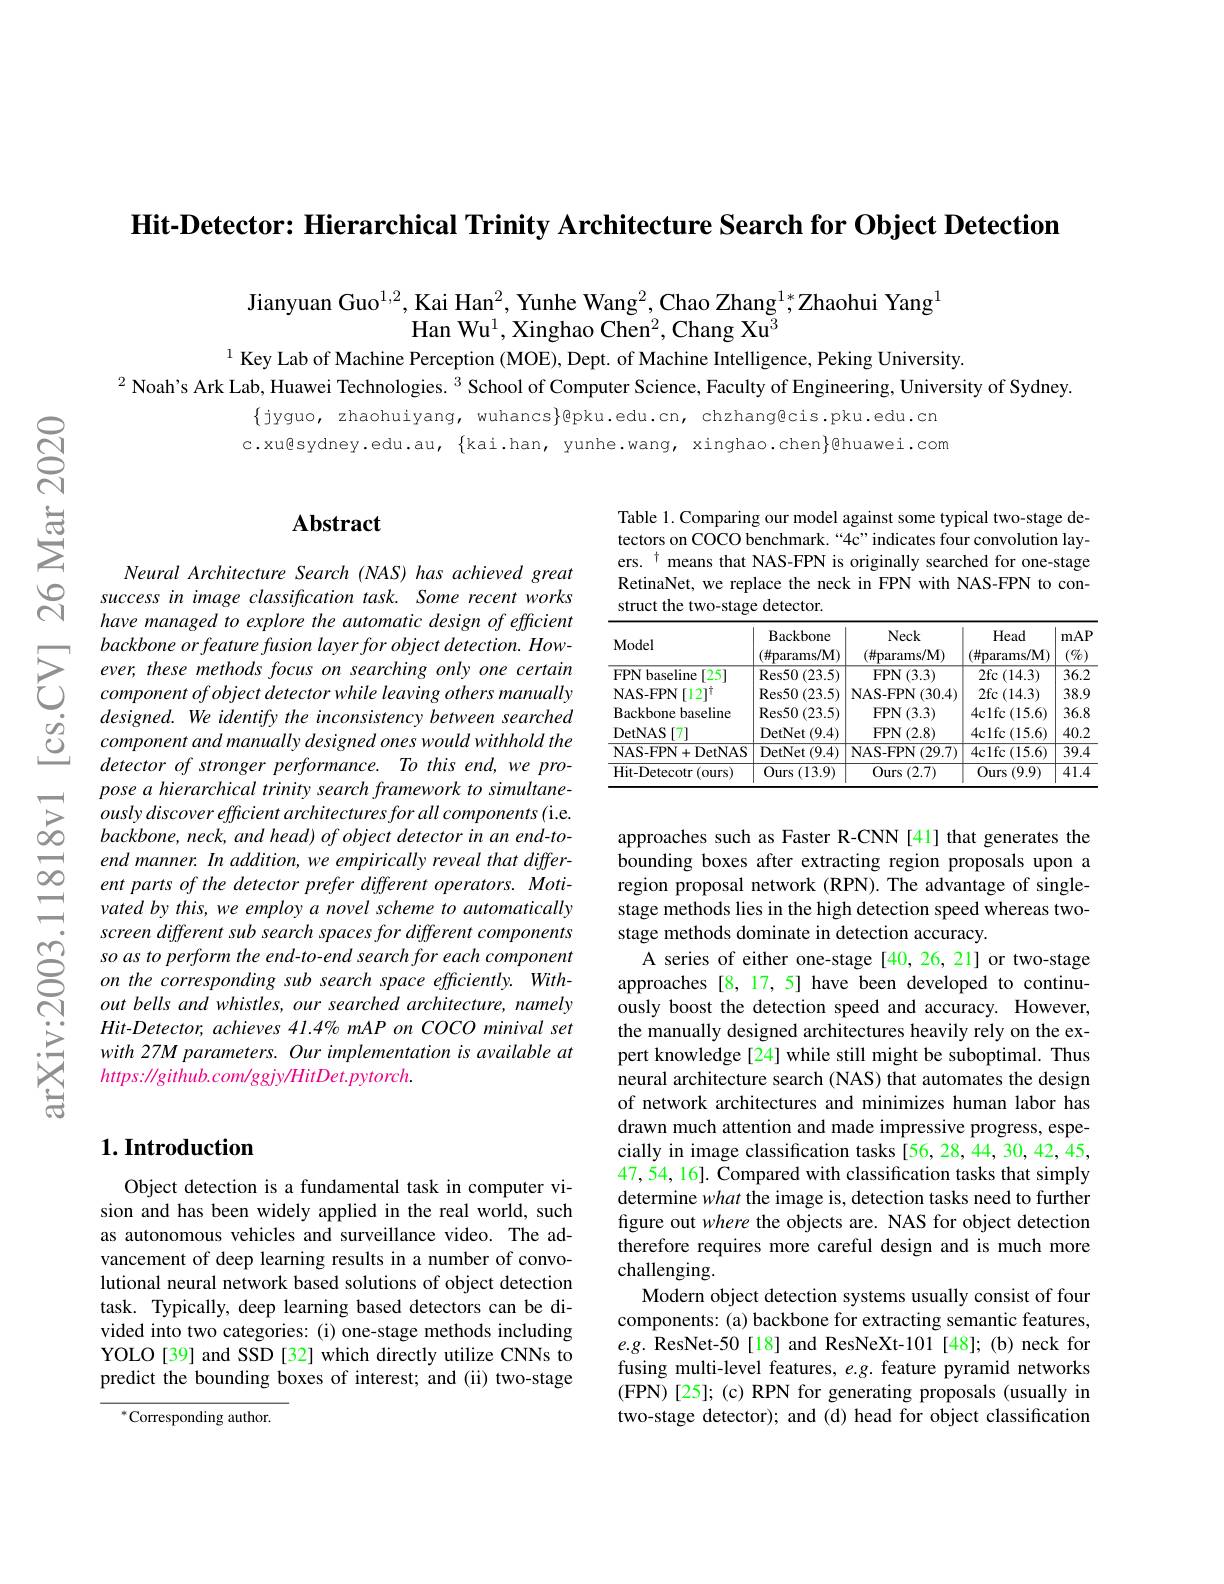
Hit-Detector: Hierarchical Trinity Architecture Search for Object Detection

Jianyuan Guo$^{1,2}$,Kai Han$^2$, Yunhe Wang$^2$,Chao Zhang$^{1*}$Zhaohui Yang$^{1}$
Han Wu$^1$,Xinghao Chen$^2$,Chang Xu$^3$

$^{1}$ Key Lab of Machine Perception ( MOE), Dept. of Machine Intelligence, Peking University.
$^{2}$ Noah's Ark Lab, Huawei Technologies. $^{3}$ School of Computer Science, Faculty of Engineering, University of Sydney.

$\{$jyguo, zhaohuiyang, wuhancs}@pku.edu.cn, chzhang@cis.pku.edu.cn c.xu@sydney.edu.au, \{kai.han, yunhe.wang, xinghao.chen\}@huawei.com

## Abstract

Neural Architecture Search (NAS) has achieved great success in image classification task. Some recent works have managed to explore the automatic design of efficient
$\sum_{\begin{array}{cc}&backbone\:orfeature\:fusion\:layer\:for\:object\:detection.\:How-\\&ever,\:these\:methods\:focus\:on\:searching\:only\:one\:certain\\C&component\:of\:object\:detector\:while\:leaving\:others\:manually\end{array}}$ $\begin{array}{lll}&designed.\text{ We identify the inconsistency between searched}\\\textcircled{2}&component~and~manually~designed~ones~would~withhold~the\end{array}$
detector of stronger performance. To this end, we pro-
pose $a$ hierarchical trinity search framework $to$ $simultane-$ $\sum ously$ discover efficient architectures for all components (i. e. $\infty backbone$, $neck$, and $head)$ $of$ object detector $in$ $an$ $end- to-$
end manner. In addition, we empirically reveal that different parts of the detector prefer different operators. Motivated by this, we employ a novel scheme to automatically screen different sub search spaces for different components so as to perform the end-to-end search for each component on the corresponding sub search space efficiently. Without bells and whistles, our searched architecture, namely Hit-Detector, achieves 41.4% mAP on COCO minival set with 27M parameters. Our implementation is available at https: //github.com/ggjy/HitDet.pytorch.

# $1. \textbf{Introduction}$

Object detection is a fundamental task in computer vision and has been widely applied in the real world, such as autonomous vehicles and surveillance video. The advancement of deep learning results in a number of convolutional neural network based solutions of object detection task. Typically, deep learning based detectors can be divided into two categories: (i) one-stage methods including YOLO[39] and SSD[32] which directly utilize CNNs to predict the bounding boxes of interest; and (ii) two-stage

$^*$Corresponding author.

Table 1. Comparing our model against some typical two-stage detectors on COCO benchmark.“4c”indicates four convolution layers. $^{\dagger}$ means that NAS-FPN is originally searched for one-stage RetinaNet, we replace the neck in FPN with NAS-FPN to construct the two-stage detector.

<table>
	<tbody>
		<tr>
			<th>Model</th>
			<th>Backbone $(\#$params/M)</th>
			<th>Neck $(\#$params/M)</th>
			<th>Head $(\#$params/M)</th>
			<th>mAP $(\%)$</th>
		</tr>
		<tr>
			<td>FPN baseline :[25]</td>
			<td>$)\left(23.5\right)$ Res50</td>
			<td>FPN(3.3)</td>
			<td>$2fc$ :(14.3)</td>
			<td>$\overline{36.2}$</td>
		</tr>
		<tr>
			<td>NAS-FPN $[12]^\dagger$</td>
			<td>Res50 ( 23. 5) </td>
			<td>NAS- FPN ( 30. 4) </td>
			<td>2fc$\left(14.3\right)$</td>
			<td>38.9</td>
		</tr>
		<tr>
			<td>Backbone baseline</td>
			<td>Res50 ( 23. 5) 1</td>
			<td>FPN(3.3)</td>
			<td>4clfc (15.6)</td>
			<td>36.8</td>
		</tr>
		<tr>
			<td>DetNAS [7]</td>
			<td>DetNet (9.4)</td>
			<td>$\operatorname{FPN}(2.8)$</td>
			<td>4clfc :(15.6)</td>
			<td>40.2</td>
		</tr>
		<tr>
			<td>NAS-FPN+DetNAS</td>
			<td>(9.4) DetNet</td>
			<td>NAS- FPN ( 29. 7) </td>
			<td>4clfc (15.6)</td>
			<td>$\overline{39.4}$</td>
		</tr>
		<tr>
			<td>Hit- Detecotr ( ours) </td>
			<td>Ours (13.9)</td>
			<td>(2.7) Ours 1 : </td>
			<td>Ours (9.9)</td>
			<td>$\overline{41.4}$</td>
		</tr>
	</tbody>
</table>

approaches such as Faster R-CNN [41] that generates the bounding boxes after extracting region proposals upon a region proposal network (RPN).The advantage of singlestage methods lies in the high detection speed whereas twostage methods dominate in detection accuracy.
A series of either one-stage[40,26,21] or two-stage approaches [8,17,5] have been developed to continuously boost the detection speed and accuracy. However, the manually designed architectures heavily rely on the expert knowledge[24] while still might be suboptimal. Thus neural architecture search (NAS) that automates the design of network architectures and minimizes human labor has drawn much attention and made impressive progress, especially in image classification tasks [56, 28, 44, 30, 42, 45, $47,\dot{5}4,16].\tilde{\text{Compared with classification tasks that simply}}$ determine what the image is, detection tasks need to further figure out where the objects are. NAS for object detection therefore requires more careful design and is much more challenging.
Modern object detection systems usually consist of four components: (a) backbone for extracting semantic features, $e.g.$ ResNet-50[18] and ResNeXt-101 [48]; (b) neck for fusing multi-level features, $e.g.$ feature pyramid networks (FPN)[25]; (c) RPN for generating proposals (usually in two-stage detector); and (d) head for object classification